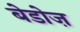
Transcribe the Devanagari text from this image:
बेडोज़